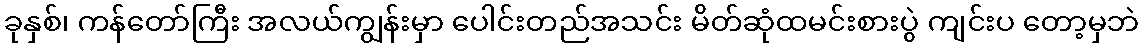
ခုနှစ်၊ ကန်တော်ကြီး အလယ်ကျွန်းမှာ ပေါင်းတည်အသင်း မိတ်ဆုံထမင်းစားပွဲ ကျင်းပ တော့မှဘဲ